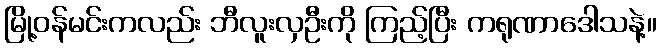
မြို့ဝန်မင်းကလည်း ဘီလူးလှဦးကို ကြည့်ပြီး ကရုဏာဒေါသနဲ့။